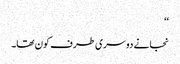
‘‘
نجانے دوسری طرف کون تھا۔